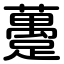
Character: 躉